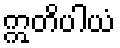
ဣတိပါယံ